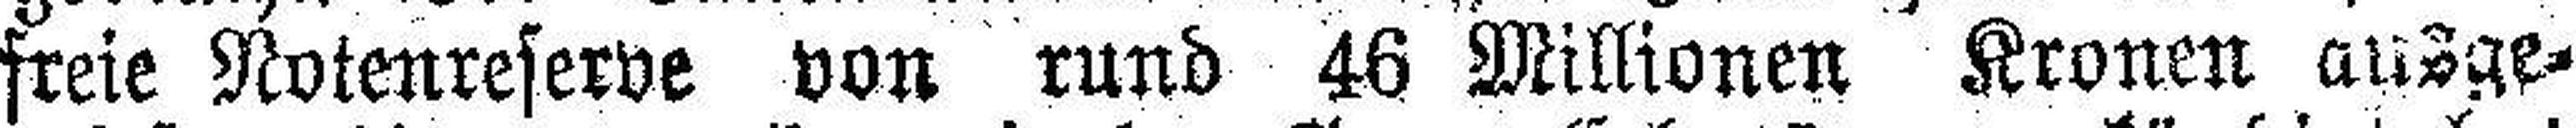
freie Notenreserve von rund 46 Millionen Kronen ausge¬